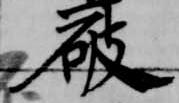
破